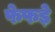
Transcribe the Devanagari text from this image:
फेफडे़